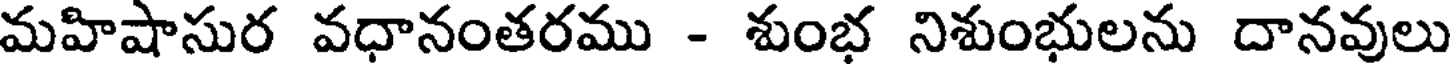
మహిషాసుర వధానంతరము - శుంభ నిశుంభులను దానవులు